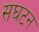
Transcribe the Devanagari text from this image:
सघटन